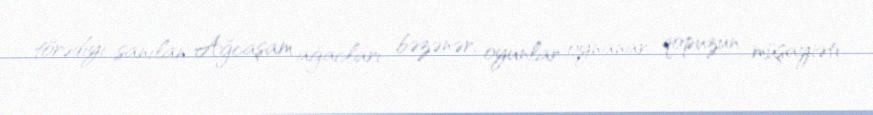
törədiyi sanılan Ağcaşam ağacları bəzənər, oyunlar oynanar, qopuzun müşayiəti